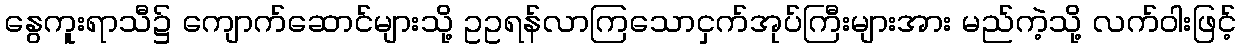
နွေကူးရာသီ၌ ကျောက်ဆောင်များသို့ ဥဥရန်လာကြသောငှက်အုပ်ကြီးများအား မည်ကဲ့သို့ လက်ဝါးဖြင့်